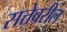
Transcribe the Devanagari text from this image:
सत्तेवरील